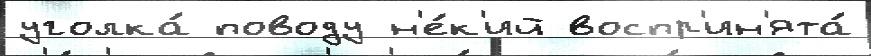
уголка́ поводу н'е́к'ий воспр'ин'ята́